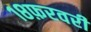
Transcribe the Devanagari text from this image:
१८फ़रवरी